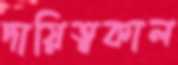
দায়িত্বকাল